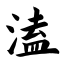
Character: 溘